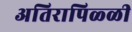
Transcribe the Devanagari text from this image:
अतिरापिळ्ळी